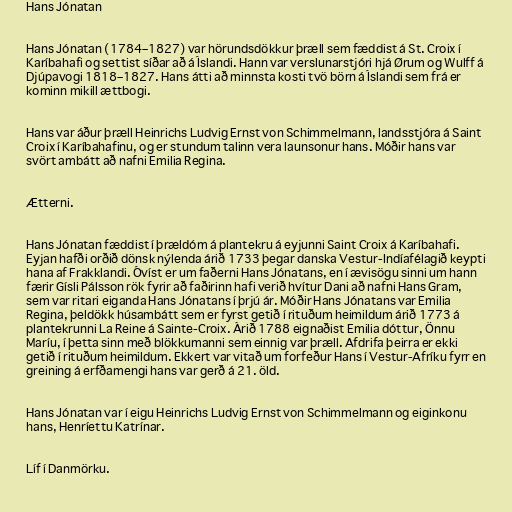
Hans Jónatan

Hans Jónatan (1784–1827) var hörundsdökkur þræll sem fæddist á St. Croix í
Karíbahafi og settist síðar að á Íslandi. Hann var verslunarstjóri hjá Ørum og Wulff á
Djúpavogi 1818–1827. Hans átti að minnsta kosti tvö börn á Íslandi sem frá er
kominn mikill ættbogi.

Hans var áður þræll Heinrichs Ludvig Ernst von Schimmelmann, landsstjóra á Saint
Croix í Karíbahafinu, og er stundum talinn vera launsonur hans. Móðir hans var
svört ambátt að nafni Emilia Regina.

Ætterni.

Hans Jónatan fæddist í þrældóm á plantekru á eyjunni Saint Croix á Karíbahafi.
Eyjan hafði orðið dönsk nýlenda árið 1733 þegar danska Vestur-Indíafélagið keypti
hana af Frakklandi. Óvíst er um faðerni Hans Jónatans, en í ævisögu sinni um hann
færir Gísli Pálsson rök fyrir að faðirinn hafi verið hvítur Dani að nafni Hans Gram,
sem var ritari eiganda Hans Jónatans í þrjú ár. Móðir Hans Jónatans var Emilia
Regina, þeldökk húsambátt sem er fyrst getið í rituðum heimildum árið 1773 á
plantekrunni La Reine á Sainte-Croix. Árið 1788 eignaðist Emilia dóttur, Önnu
Maríu, í þetta sinn með blökkumanni sem einnig var þræll. Afdrifa þeirra er ekki
getið í rituðum heimildum. Ekkert var vitað um forfeður Hans í Vestur-Afríku fyrr en
greining á erfðamengi hans var gerð á 21. öld.

Hans Jónatan var í eigu Heinrichs Ludvig Ernst von Schimmelmann og eiginkonu
hans, Henríettu Katrínar.

Líf í Danmörku.